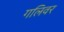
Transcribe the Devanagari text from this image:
गलिवर